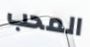
المحب